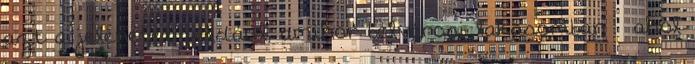
azt a jelenetet például, amikor belvárosi lakásomban – ahol